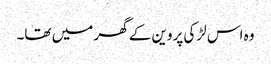
وہ اس لڑکی پروین کے گھر میں تھا۔